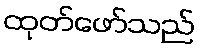
ထုတ်ဖော်သည်